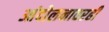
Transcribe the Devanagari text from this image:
आंदोलनावरही